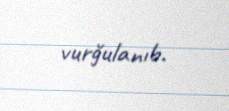
vurğulanıb.